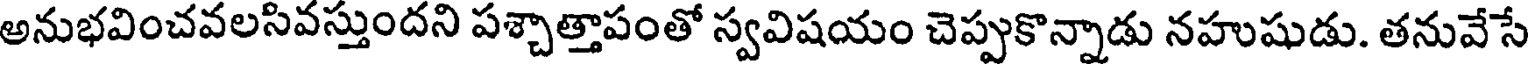
అనుభవించవలసివస్తుందని పశ్చాత్తాపంతో స్వవిషయం చెప్పుకొన్నాడు నహుషుడు. తనువేసే